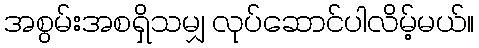
အစွမ်းအစရှိသမျှ လုပ်ဆောင်ပါလိမ့်မယ်။